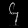
Digit: ၄